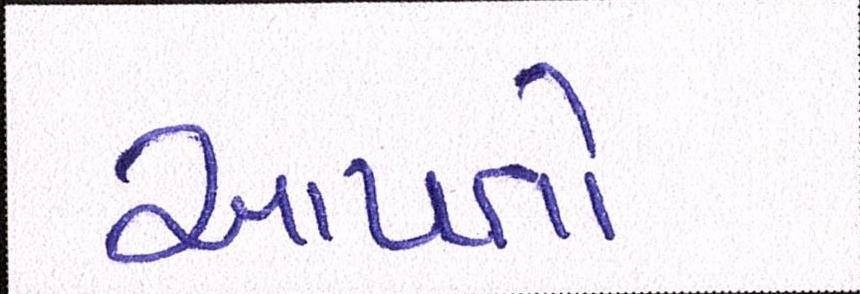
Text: આપતો